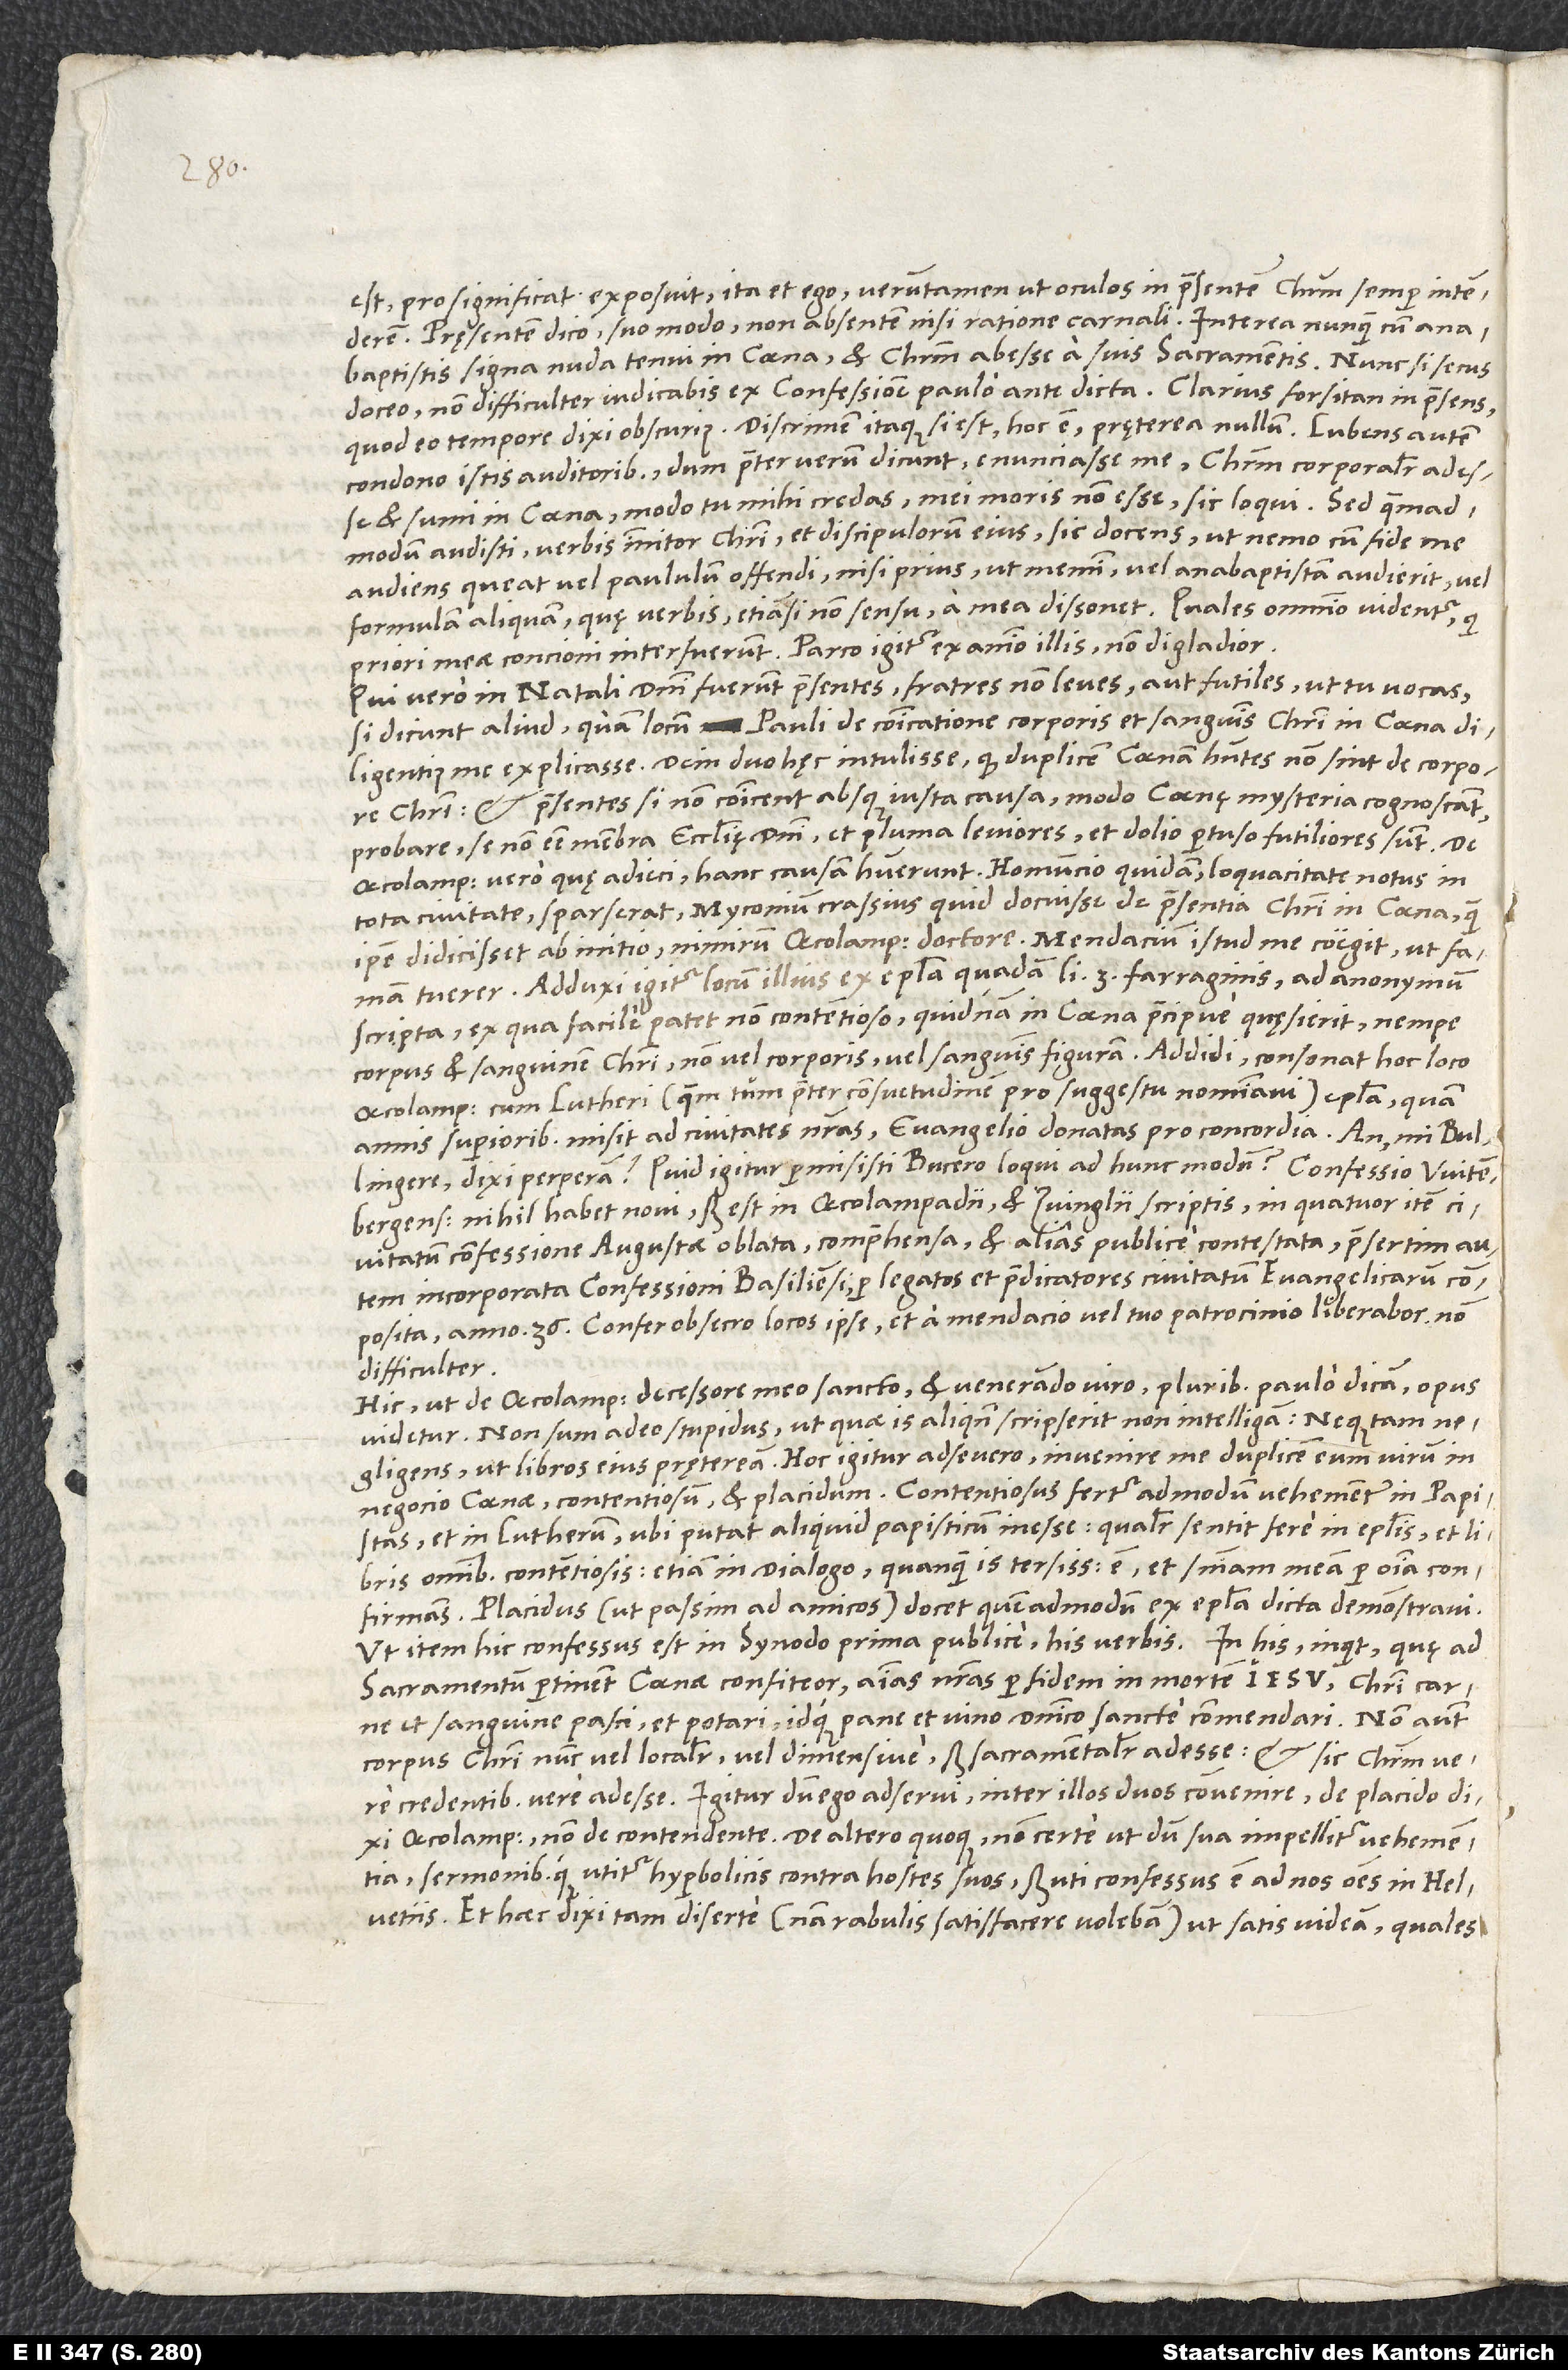
„est“ pro „significat“ exposuit, ita et ego, verumtamen ut oculos in praesentem Christum semper intenderem.
Pręsentem dico suo modo, non absentem nisi ratione carnali. Interea nunquam cum anabaptistis
signa nuda tenui in coena et Christum abesse a suis sacramentis. Nunc si secus
doceo, non difficulter iudicabis ex confessione paulo ante dicta. Clarius forsitan in praesens,
condono istis auditoribus, dum praeter verum dicunt enunciasse me Christum corporaliter adesse
et sumi in coena; modo tu mihi credas mei moris non esse sic loqui. Sed, quemadmodum
audisti, verbis innitor Christi et discipulorum eius sic docens, ut nemo cum fide me
audiens queat vel paululum offendi, nisi prius, ut memini, vel anabaptistam audierit vel
formulam aliquam, quę verbis, etiamsi non sensu, a mea dissonet. Quales omnino videntur, qui
priori meae concioni interfuerunt. Parco igitur ex animo illis, non digladior.
Qui vero in natali domini fuerunt praesentes, „fratres non leves aut futiles“, ut tu vocas,
si dicunt aliud quam locum Pauli de communicatione corporis et sanguinis Christi in coena
diligentius me explicasse, dein duo hęc intulisse: quod duplicem coenam habentes non sint de corpore
Christi, et praesentes, si non communicent absque iusta causa, modo coenę mysteria cognoscant,
probare se non esse membra ecclesię domini, et pluma leviores et dolio pertuso futiliores sunt. De
Oecolampadio vero quę adieci, hanc causam habuerunt: Homuncio quidam loquacitate notus in
tota civitate sparserat Myconium crassius quid docuisse de praesentia Christi in coena, quam
ipse didicisset ab initio, nimirum Oecolampadio doctore. Mendacium istud me coegit, ut famam
tuerer. Adduxi igitur locum illius ex epistola quadam libri 3. farraginis ad anonymum
scripta, ex qua facile patet non contentioso, quidnam in coena praecipue quęsierit, nempe
corpus et sanguinem Christi, non vel corporis vel sanguinis figuram. Addidi: „Consonat hoc loco
Oecolampadius cum Lutheri (quem tum praeter consuetudinem pro suggestu nominavi) epistola, quam
annis superioribus misit ad civitates nostras evangelio donatas pro concordia.“ An, mi Bullingere,
nihil habet novi, sed est in Oecolampadii et Zvinglii scriptis, in quatuor item
civitatum confessione Augustae oblata comprehensa et alias publice contestata, praesertim autem
incorporata confessioni Basiliensi per legatos et praedicatores civitatum evangelicarum
composita anno 36“? Confer, obsecro, locos ipse, et a mendacio vel tuo patrocinio liberabor non
difficulter.
Hic, ut de Oecolampadio, decessore meo sancto et venerando viro, pluribus paulo dicam, opus
videtur. Non sum adeo stupidus, ut, quae is aliquando scripserit, non intelligam, neque tam
negocio coenae, contentiosum et placidum. Contentiosus fertur admodum vehementer in papistas
et in Lutherum, ubi putat aliquid papisticum inesse, qualiter sentit fere in epistolis et libris
omnibus contentiosis, etiam in Dialogo, quanquam is tersissimus est et sententiam meam per omnia confirmans.
Placidus (ut passim ad amicos) docet, quemadmodum ex epistola dicta demonstravi,
ut item hic confessus est in synodo prima publice his verbis: „In his“, inquit, „quę ad
sacramentum pertinent coenae, confiteor animas nostras - per fidem in mortem Iesu - Christi carne
et sanguine pasci et potari idque pane et vino dominico sancte commendari, non autem
corpus Christi nunc vel localiter vel dimensive, sed sacramentaliter adesse et sic Christum vere
credentibus vere adesse.“ Igitur dum ego adserui inter illos duos convenire, de placido dixi
Oecolampadio, non de contendente, de altero quoque non certe ut, dum sua impellitur vehementia,
sermonibusque utitur hyperbolicis contra hostes suos, sed uti confessus est ad nos omnes in Helvetiis.
Et haec dixi tam diserte (nam rabulis satisfacere volebam), ut satis videam, quales